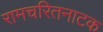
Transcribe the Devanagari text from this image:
रामचरितनाटक